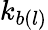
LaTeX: k_{b(l)}